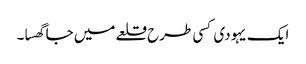
ایک یہودی کسی طرح قلعے میں جا گھسا۔